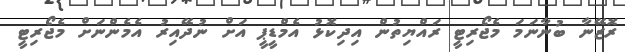
ރޮޒޭނާ ބުނާނަމަ މެޖޯރިޓީ ރައްޔިތުން އިދިކޮޅު އެމްޑީޕީ އަށް ނުދޭއިރު އެމެންނަށް މެޖޯރިޓީ